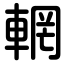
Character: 輞